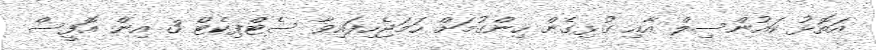
އަތޮޅު ކައުންސިލް އާއި ގުޅިގެން ހިންގުމަށް ހަމަޖެހިފައިވާ ސެޓްފިކެޓް 3 އިން އޮފީސް